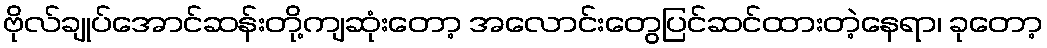
ဗိုလ်ချုပ်အောင်ဆန်းတို့ကျဆုံးတော့ အလောင်းတွေပြင်ဆင်ထားတဲ့နေရာ၊ ခုတော့